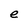
Character: e